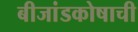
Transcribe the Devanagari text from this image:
बीजांडकोषाची